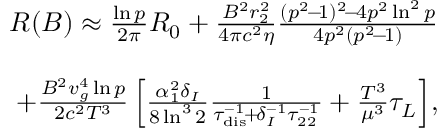
\begin{array} { r l r } & { } & { R ( B ) \approx \frac { \ln p } { 2 \pi } R _ { 0 } + \frac { B ^ { 2 } r _ { 2 } ^ { 2 } } { 4 \pi c ^ { 2 } \eta } \frac { ( p ^ { 2 } \! - \! 1 ) ^ { 2 } \! - \! 4 p ^ { 2 } \ln ^ { 2 } p } { 4 p ^ { 2 } ( p ^ { 2 } \! - \! 1 ) } } \\ & { } & \\ & { } & { \qquad \qquad + \frac { B ^ { 2 } v _ { g } ^ { 4 } \ln p } { 2 c ^ { 2 } T ^ { 3 } } \left[ \frac { \alpha _ { 1 } ^ { 2 } \delta _ { I } } { 8 \ln ^ { 3 } 2 } \frac { 1 } { \tau _ { \mathrm { d i s } } ^ { - 1 } \! + \! \delta _ { I } ^ { - 1 } \tau _ { 2 2 } ^ { - 1 } } + \frac { T ^ { 3 } } { \mu ^ { 3 } } \tau _ { L } \right] \! , } \end{array}